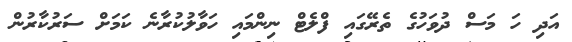
އަދި ހަ މަސް ދުވަހުގެ ތެރޭގައި ފްލެޓް ނިންމައި ހަވާލުކުރާނެ ކަމަށް ސަރުކާރުން